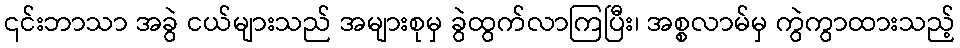
၎င်းဘာသာ အခွဲ ငယ်များသည် အများစုမှ ခွဲထွက်လာကြပြီး၊ အစ္စလာမ်မှ ကွဲကွာထားသည့်